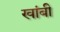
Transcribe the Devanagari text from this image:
खांबी